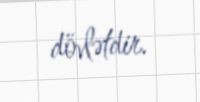
dövlətdir.